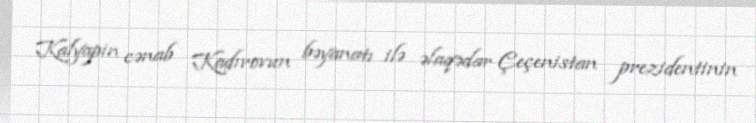
Kalyapin cənab Kadırovun bəyanatı ilə əlaqədar Çeçenistan prezidentinin